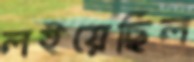
লইয়েছিল